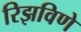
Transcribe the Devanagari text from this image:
रिझविणे